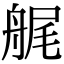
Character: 艉